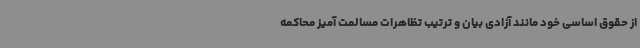
از حقوق اساسی خود مانند آزادی بیان و ترتیب تظاهرات مسالمت آمیز محاکمه